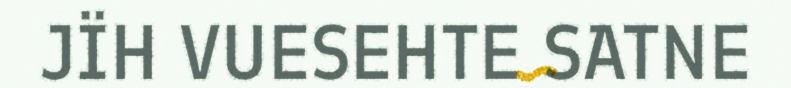
JÏH VUESEHTE SATNE